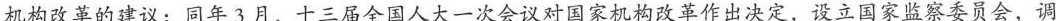
机构改革的建议；同年3月，十三届全国人大一次会议对国家机构改革作出决定，设立国家监察委员会，调